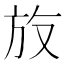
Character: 𪯳